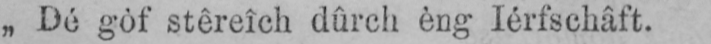
„Dé gòf stêreîch dûrch èng Iérfschâft.